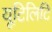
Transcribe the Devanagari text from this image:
यूटिलिटि